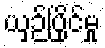
ယှဉ်ပြိုင်မှု